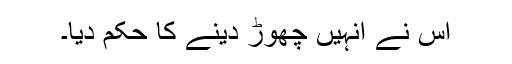
اس نے انہیں چھوڑ دینے کا حکم دیا۔